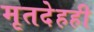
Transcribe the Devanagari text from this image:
मृतदेहही